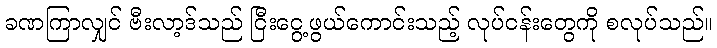
ခဏကြာလျှင် ဗီးလာ့ဒ်သည် ငြီးငွေ့ဖွယ်ကောင်းသည့် လုပ်ငန်းတွေကို စလုပ်သည်။